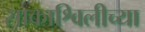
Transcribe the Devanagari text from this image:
साकाश्विलीच्या